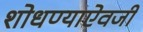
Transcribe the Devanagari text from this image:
शोधण्याऐवजी